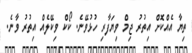
ތިޔާ އެއްކޮށް އިތުރު ޖިމް ވިޔަފާރި ހުޅުވޭނެ. ކޯކް ވިކޭލެއް އިތުރު ވާނެ.